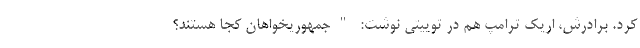
کرد. برادرش، اریک ترامپ هم در توییتی نوشت: "جمهوریخواهان کجا هستند؟